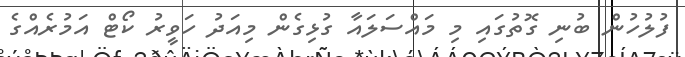
ފުލުހުން ބުނި ގޮތުގައި މި މައްސަލައާ ގުޅިގެން މިއަދު ހަވީރު ކޯޓް އަމުރެއްގެ